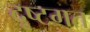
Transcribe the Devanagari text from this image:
दृष्टगत